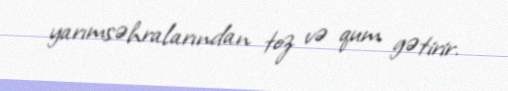
yarımsəhralarından toz və qum gətirir.